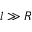
l \gg R